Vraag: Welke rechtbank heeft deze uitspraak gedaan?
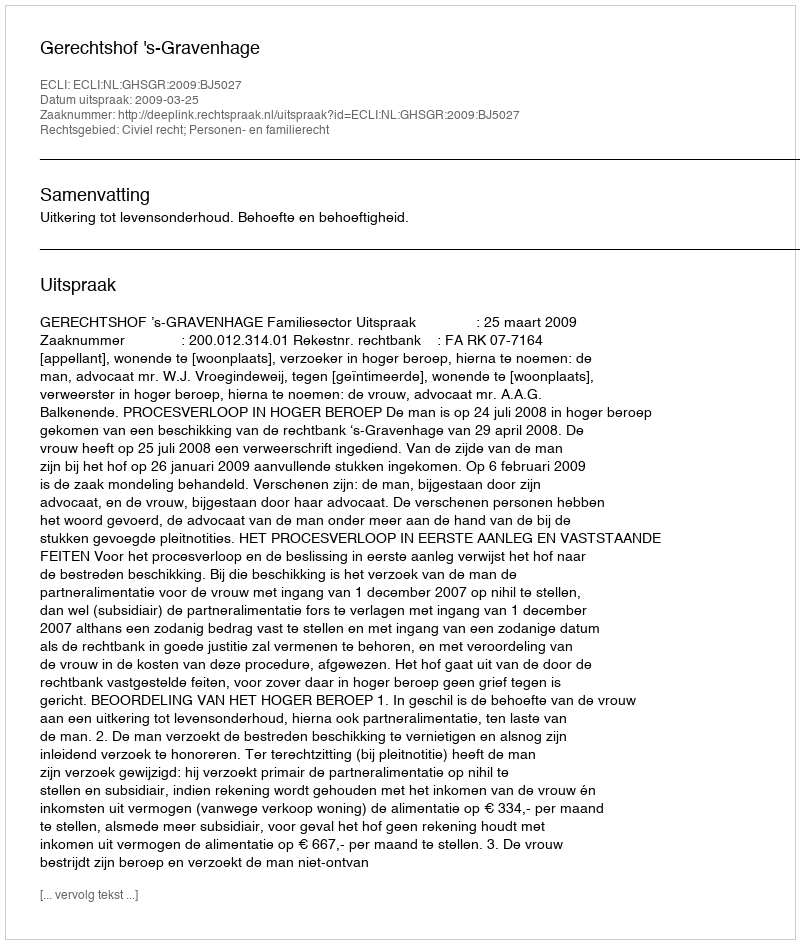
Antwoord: Gerechtshof 's-Gravenhage